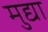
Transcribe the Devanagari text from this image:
मुद्या